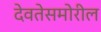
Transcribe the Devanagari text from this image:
देवतेसमोरील